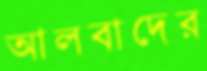
আলবাদের